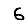
Digit: 6